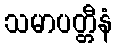
သမာပတ္တီနံ